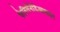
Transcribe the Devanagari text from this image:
फेनिलेनेडिआमाइन